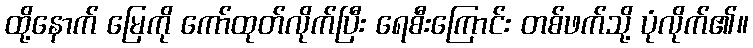
ထို့နောက် မြေကို ကော်ထုတ်လိုက်ပြီး ရေစီးကြောင်း တစ်ဖက်သို့ ပုံလိုက်၏။